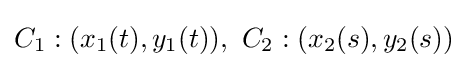
C_{1}:(x_{1}(t),y_{1}(t)),\ C_{2}:(x_{2}(s),y_{2}(s))